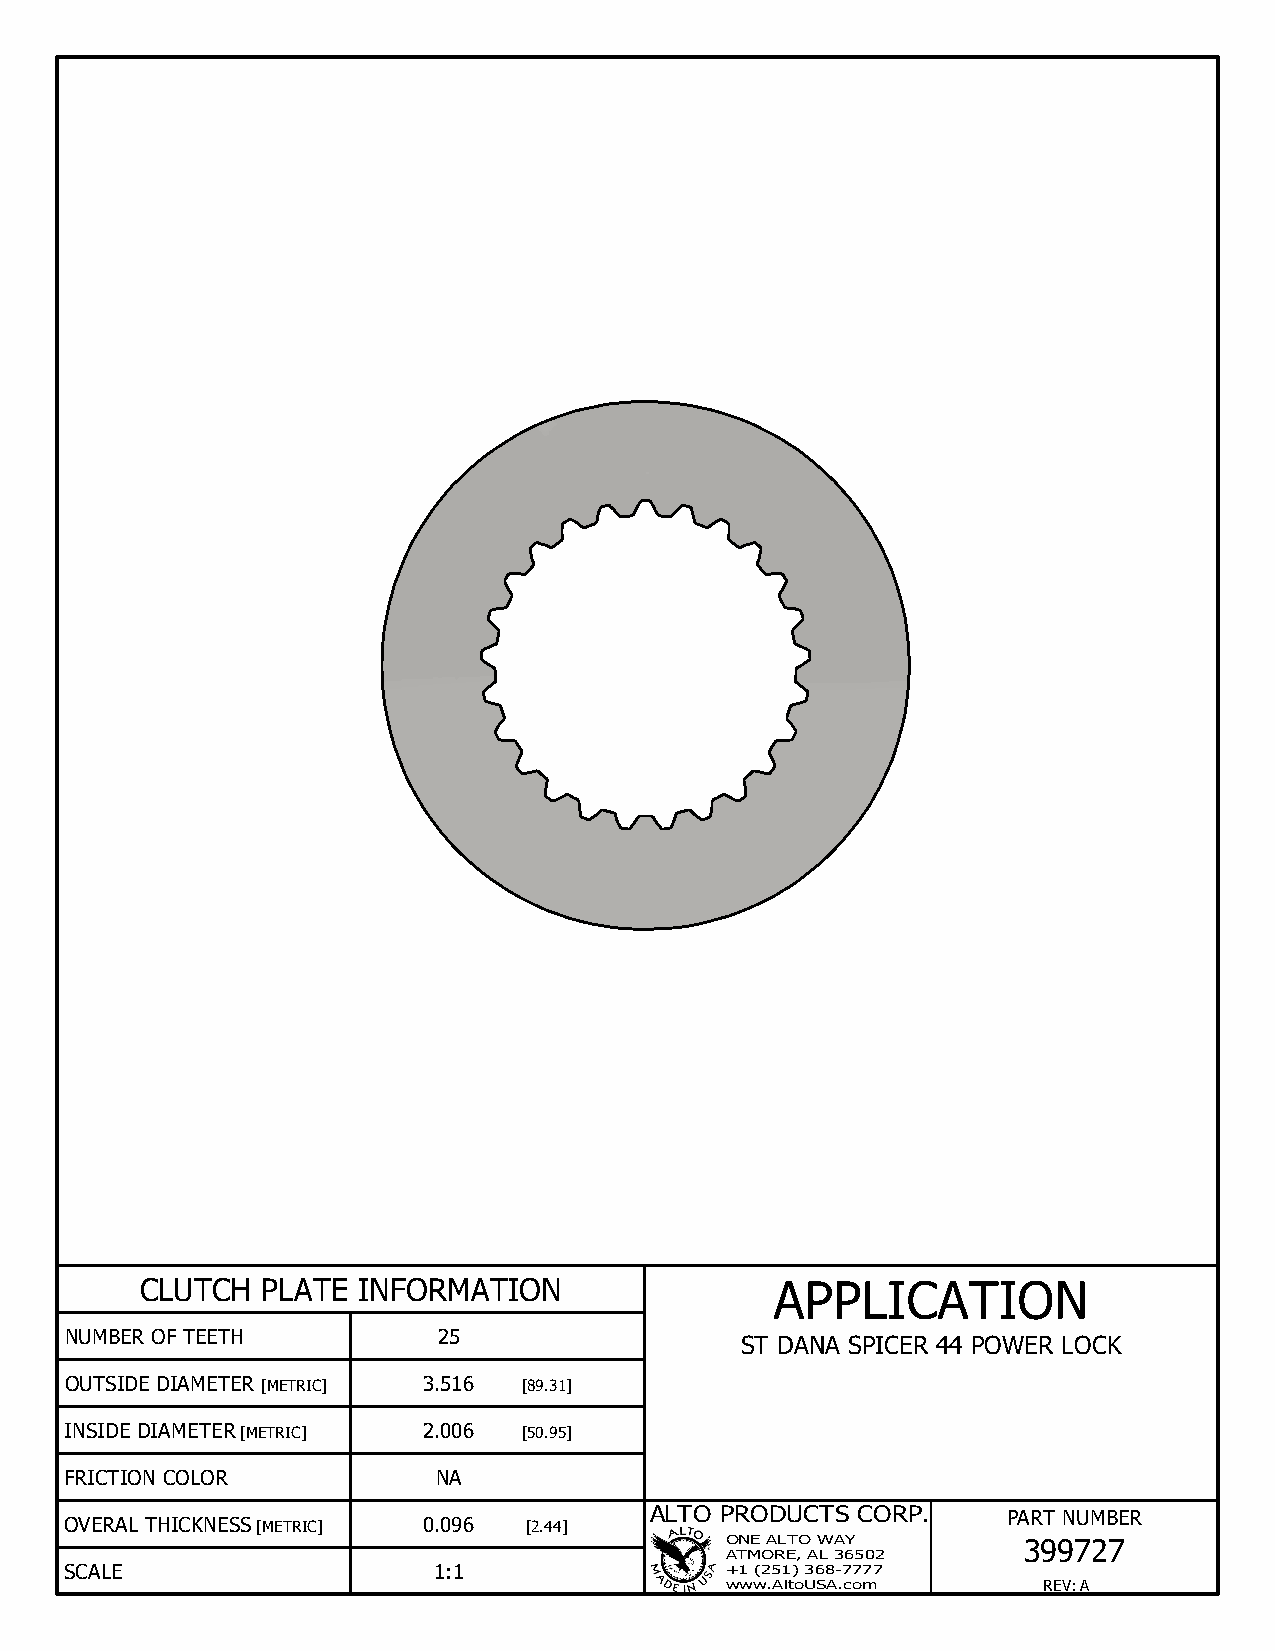
CLUTCH  PLATE  INFORMATION                APPLICATION
 NUMBER OF TEETH          25
 ST DANA SPICER 44 POWER LOCK
 OUTSIDE DIAMETER [METRIC] 3.516 [89.31]
 INSIDE DIAMETER [METRIC] 2.006 [50.95]
 FRICTION COLOR           NA
 ALTO PRODUCTS CORP.     PART NUMBER
 OVERAL THICKNESS [METRIC] 0.096 [2.44]
 ONE ALTO WAY        399727
 ATMORE, AL 36502
 SCALE                    1:1                +1 (251) 368-7777
 www.AltoUSA.com      REV:A